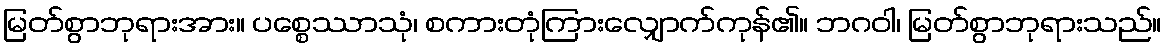
မြတ်စွာဘုရားအား။ ပစ္စေဿာသုံ၊ စကားတုံကြားလျှောက်ကုန်၏။ ဘဂဝါ၊ မြတ်စွာဘုရားသည်။